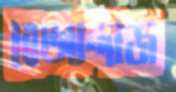
বেআন্দাজ